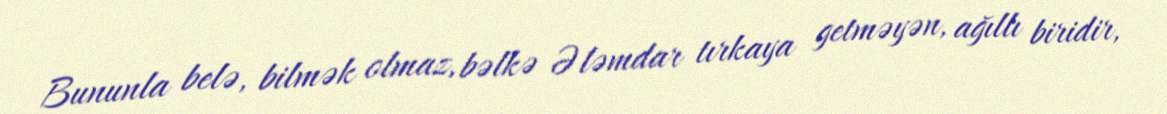
Bununla belə, bilmək olmaz, bəlkə Ələmdar tırkaya getməyən, ağıllı biridir,